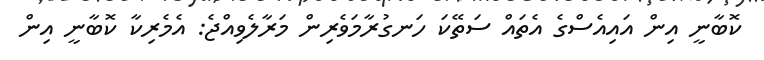
ކޮބާނީ އިން އައިއެސްގެ އެތައް ސަތޭކަ ހަނގުރާމަވެރިން މަރާލެވިއްޖެ: އެމެރިކާ ކޮބާނީ އިން